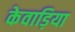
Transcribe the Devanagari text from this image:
केवाड़िया